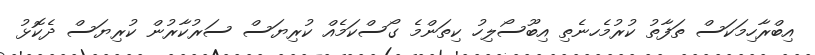
އިބްރާހިމަކަސް ތަފާތު ކުރުމެހނެތި އިބޫސޯލިހު ކިތަންމެ ގޯސްކަމެއް ކުރިޔަސް ސަރުކާރުން ކުރިޔަސް ދެކޮޅު